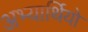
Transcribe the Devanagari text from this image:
अभ्यार्थियो